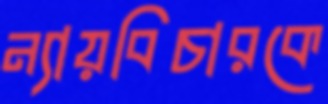
ন্যায়বিচারকে